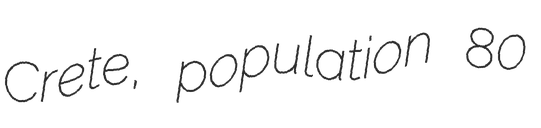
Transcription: Crete, population 80